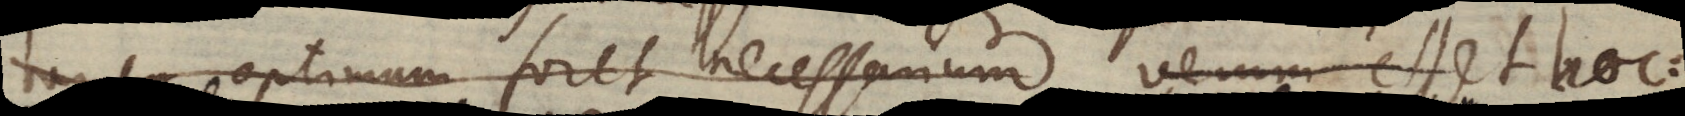
tamen optimum foret necessarium verum esset hoc: